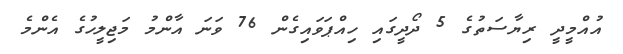
އުއްމީދީ ރިޔާސަތުގެ 5 ދޯދީގައި ހިއްޕަވައިގެން 76 ވަނަ އާންމު މަޖިލީހުގެ އެންމެ